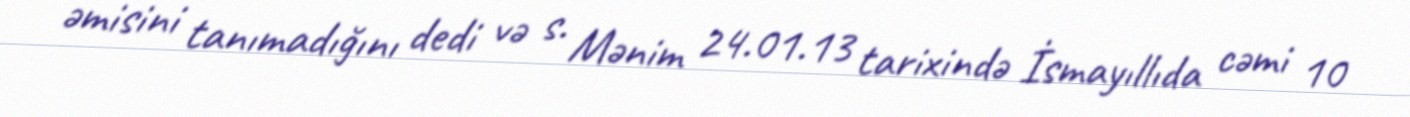
əmisini tanımadığını dedi və s. Mənim 24.01.13 tarixində İsmayıllıda cəmi 10